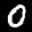
Label: 0